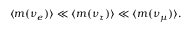
\langle m ( \nu _ { e } ) \rangle \ll \langle m ( \nu _ { \tau } ) \rangle \ll \langle m ( \nu _ { \mu } ) \rangle .